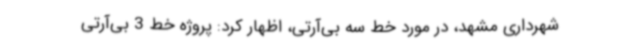
شهرداری مشهد، در مورد خط سه بی‌آرتی، اظهار کرد: پروژه خط 3 بی‌آرتی